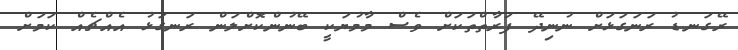
ރޭގަނޑު ރަނަގަޅަށް ނުނިިދޭ ފަރާތްތަކަށް ވެސް މާމުޔަކީ ބޭނުންކޮށްލަން ރަނގަޅު އެއްޗެއް ކަމަށް